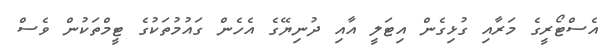
އެސްޓޯރީގެ މަރާއި ގުޅިގެން އިޓަލީ އާއި ދުނިޔޭގެ އެހެން ގައުމުތަކުގެ ޓީމްތަކުން ވެސް